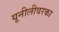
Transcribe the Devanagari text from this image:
यूनीलीवरका